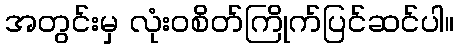
အတွင်းမှ လုံးဝစိတ်ကြိုက်ပြင်ဆင်ပါ။